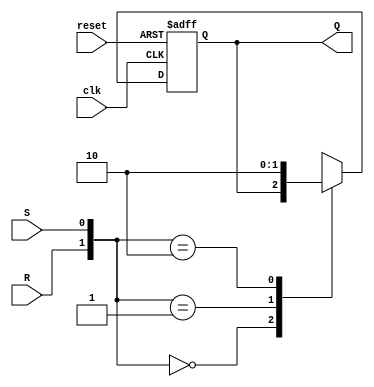
module RS_FF(Q,R,S,clk,reset);
output Q;
input R,S,clk,reset;
reg Q;
always @(posedge clk or posedge reset)
begin
if(reset)
Q<=1'b0;
else begin
case({R,S})
2'b00:Q<=Q;
2'b01:Q<=1'b1;
2'b10:Q<=1'b0;
2'b11:Q<=1'bx;
endcase
end
end
endmodule